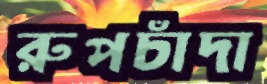
রুপচাঁদা